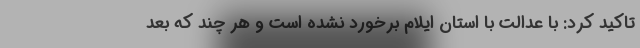
تاکید کرد: با عدالت با استان ایلام برخورد نشده است و هر چند که بعد